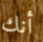
أنك